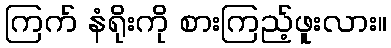
ကြက် နံရိုးကို စားကြည့်ဖူးလား။